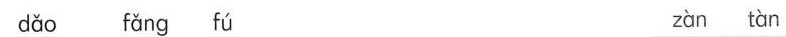
dǎo fǎng fú zàn tàn